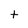
Character: t